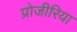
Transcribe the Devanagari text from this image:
प्रोजीरिया